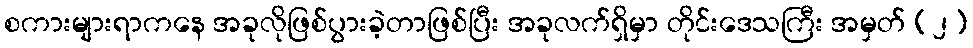
စကားများရာကနေ အခုလိုဖြစ်ပွားခဲ့တာဖြစ်ပြီး အခုလက်ရှိမှာ တိုင်းဒေသကြီး အမှတ် (၂)